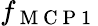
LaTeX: f_{\mathrm{~M~C~P~1~}}